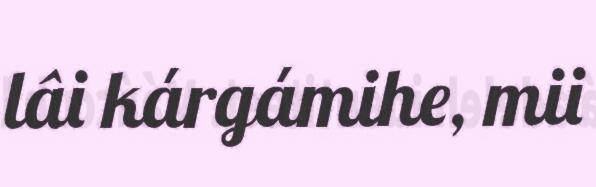
lâi kárgámihe, mii